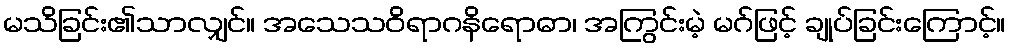
မသိခြင်း၏သာလျှင်။ အသေသဝိရာဂနိရောဓာ၊ အကြွင်းမဲ့ မဂ်ဖြင့် ချုပ်ခြင်းကြောင့်။